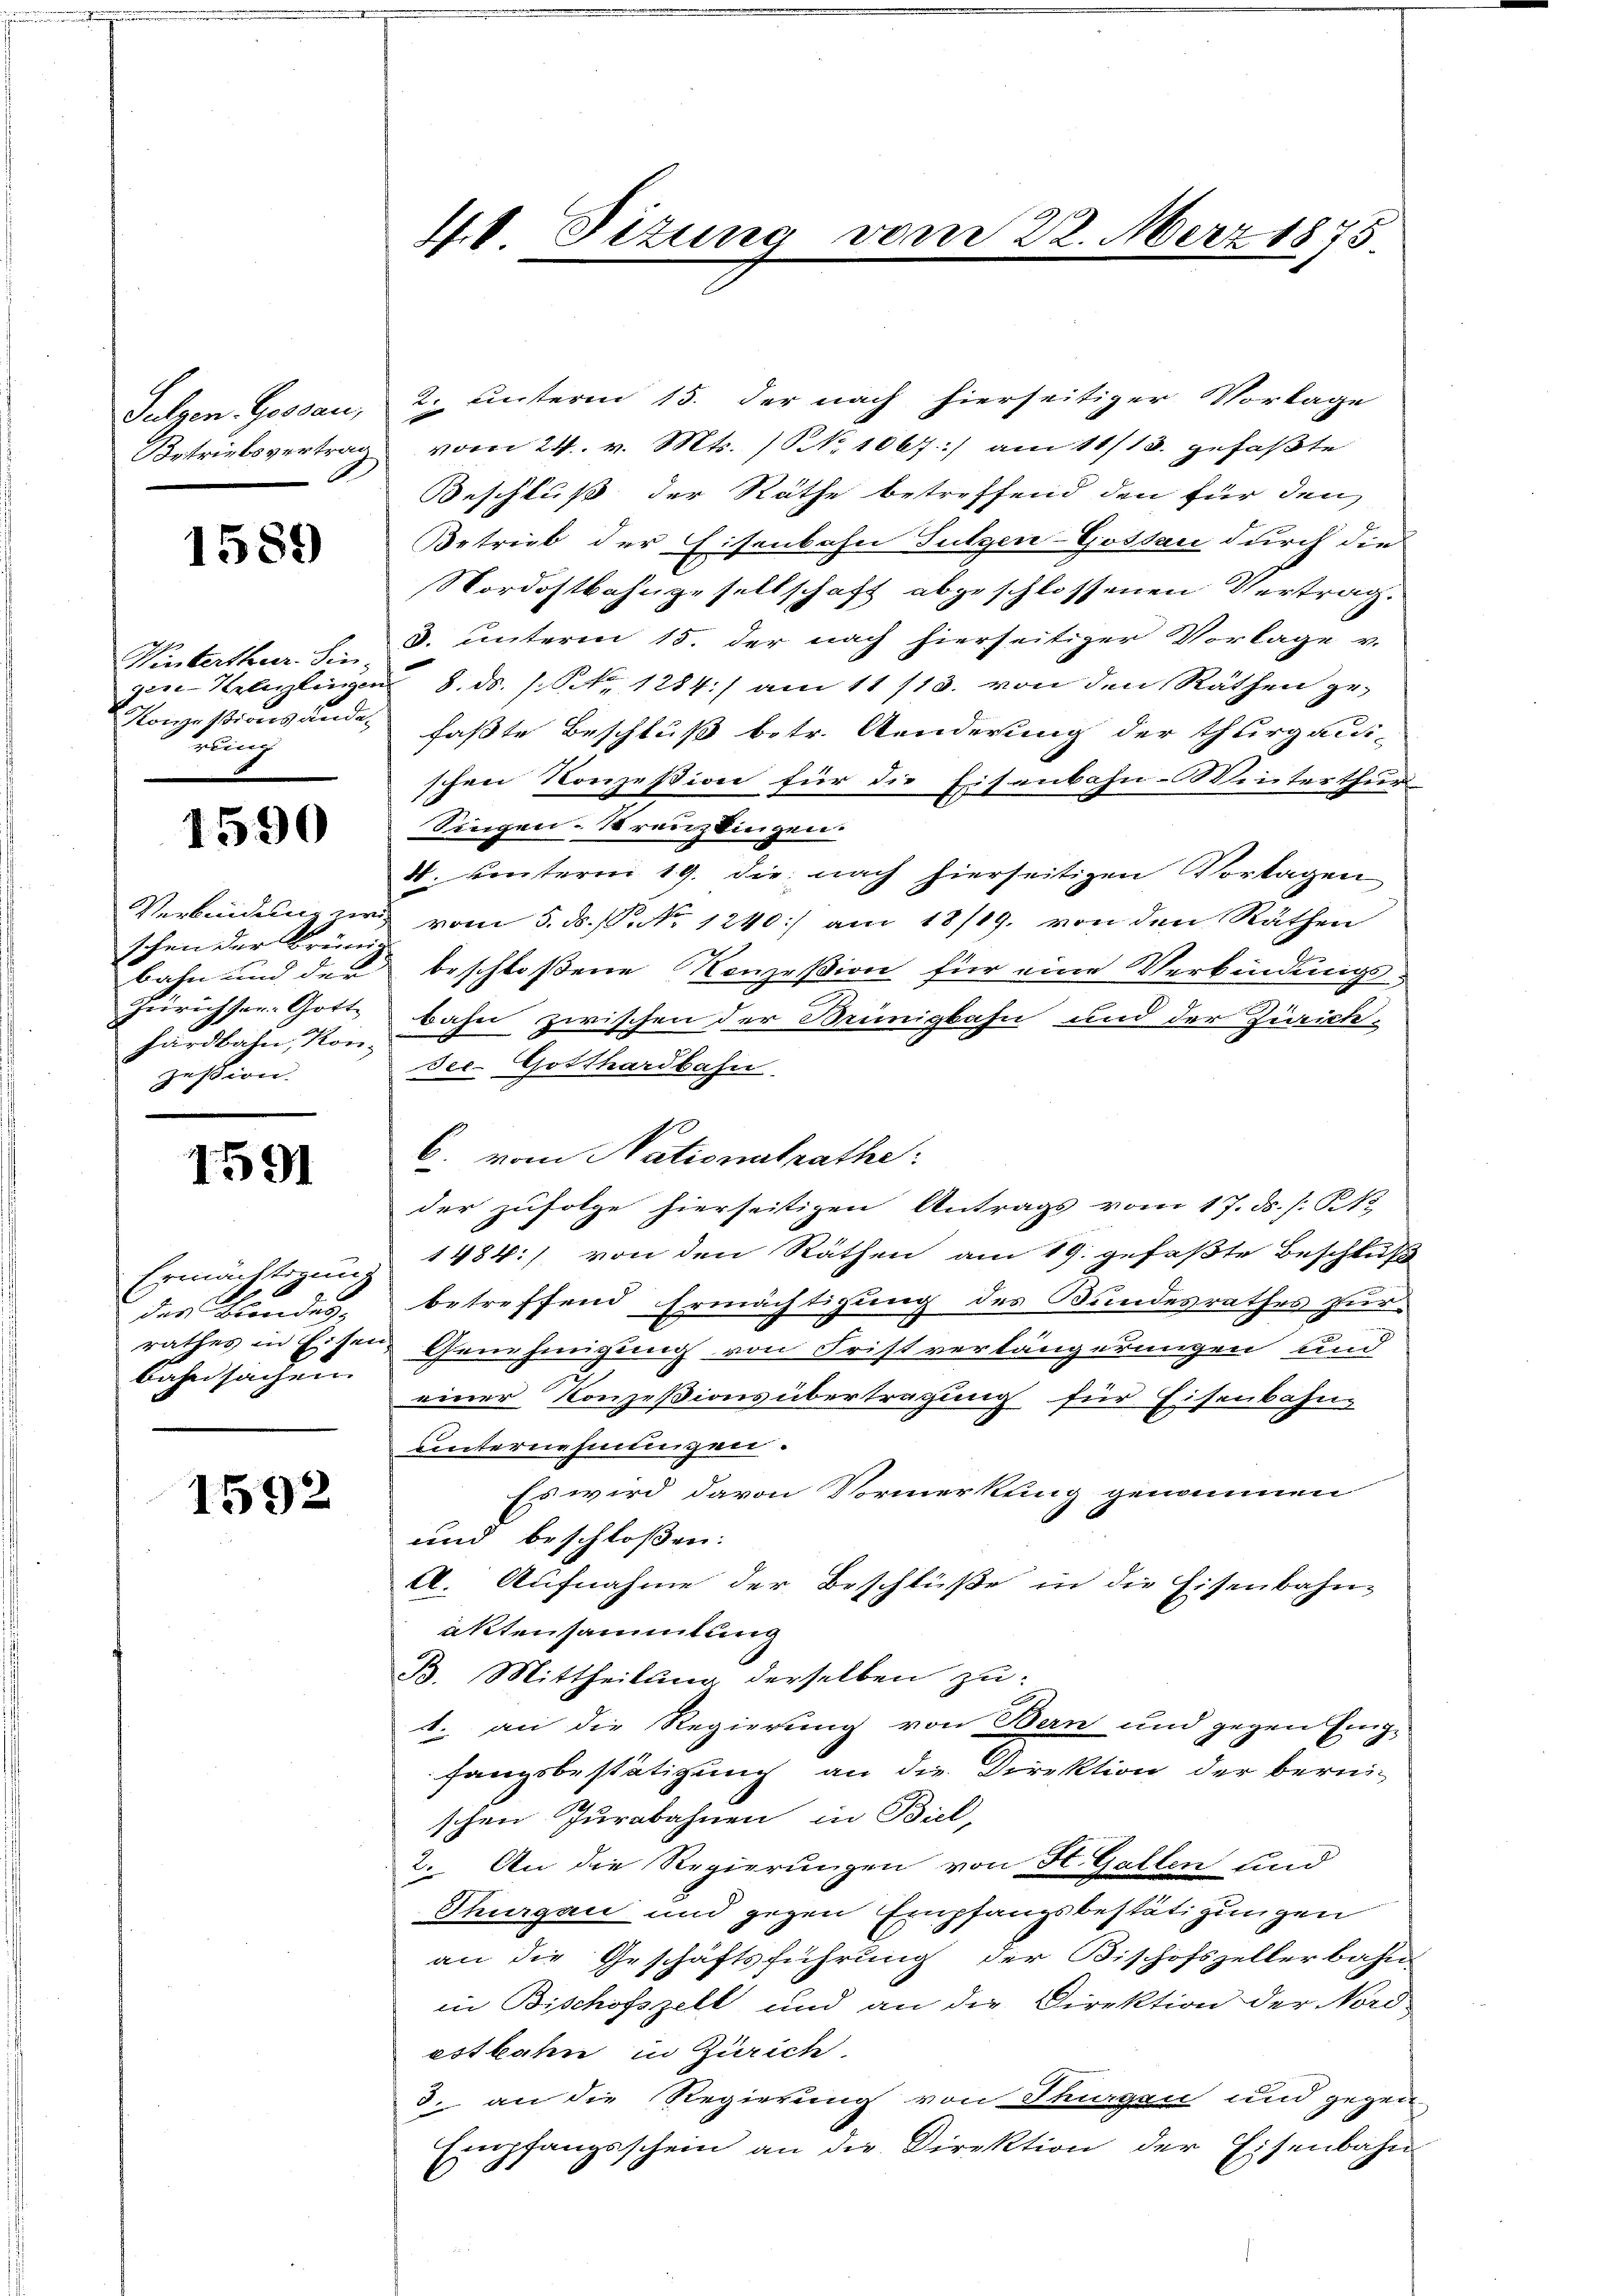
Fulgen. Gossau,
Brtriebsvertrag

1589

Winterthur Singin-Kreuzlingen
Konzessionsändeübung

1590

Verbindung zur
schen der Brüni
bahn und der
Zürichser: Gott
hardbahn, Kon-
zession.

1591

Ermächtigung
das Brandes-
rathes in Eisen
Bahnsachen.

1592

18 Tizung

vom 22. Merz 1875

weiterm 15. der nach hierseitiger Vorlage
vom 24. v. Mts. (S. 1067) am 11/13. gefaßte
Beschluß der Räthe betreffend den für den
Betrieb der Eisenbahn Fulgen-Gossau durch die
Nordostbahngesellschaft abgeschlossenen Vertrag
d. unterm 15. der nach hierseitiger Vorlage v.
 8. ds. s. S. 1284) am 11/13. von den Räthen ge-
fasste Beschluß betr. Aenderung der Thurgauschen Konzession für die Eisenbahn-Winterthur
Singen-Kreuzlingen.
4. Unterm 19. die nach hierseitigen Vortagen
vom 5. d. 1. No 1240) am 18/19. von den Räthen
beschloßene Nowißion für eine Verbindung
bahn zwischen der Brünigbahn und der Zürich-
See- Gotthardbahn
b. vom Nationalrathe:
der zufolge hierseitigen Antrags vom 17. ds. s. St
1484:/ von den Räthen am 19. gefaßte Beschluß
betreffend Ermächtigung des Bundesrathes zur
Genehmigung von Fristverlängerungen und
einer Konzeßions übertragung für Eisenbahn-
unternehmungen.
Es wird davon Vormerkung genommen
und beschloßen:
A. Aufnahme der Beschlüße in die Eisenbahn-
aktensammlung
B. Mittheilung derselben zu:
1. an die Regierung von Bern und gegen Eing-
fangsbestätigung an die Direktion der berni-
schen Jurabahnen in Biel,
2. An die Regierungen von St. Gallen und
Thurgau und gegen Empfangsbestätigungen
an die Geschäftsführung der Bischofszellerbahn
in Bischofszell und an die Direktion der Nord
estbahn in Zürich
3. an die Regierung von Thurgau und gegen
Empfangsschein an die Direktion der Eisenbahn